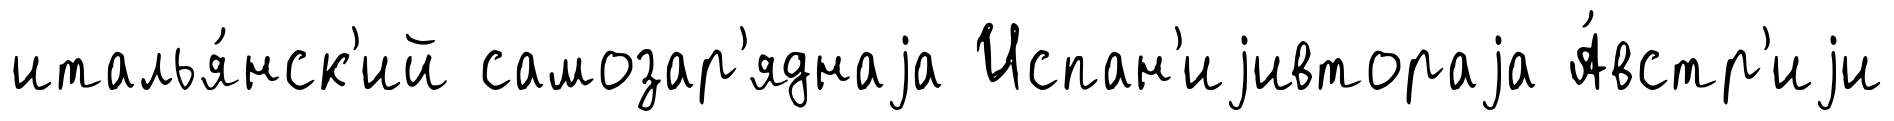
италья́нск'ий самозар'яднаjа Испан'иjивтораjа А́встр'иjи